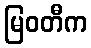
မြဝတီက